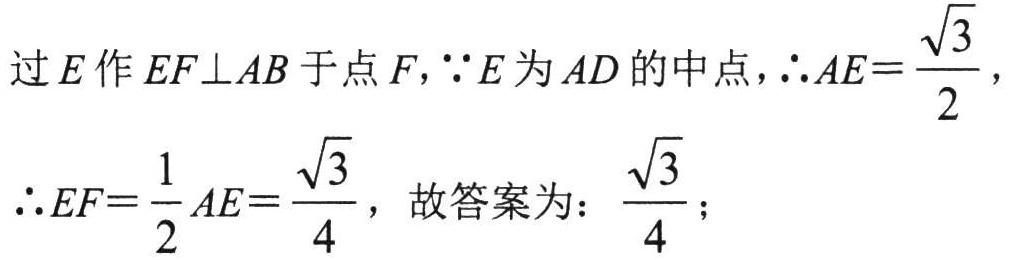
过\(E\)作\(EF\perp AB\)于点\(F\)，\(\because E\)为\(AD\)的中点，\(\therefore AE = \dfrac{\sqrt{3}}{2}\)，\(\therefore EF=\dfrac{1}{2}AE = \dfrac{\sqrt{3}}{4}\)，故答案为：\(\dfrac{\sqrt{3}}{4}\)；